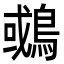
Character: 𪂉